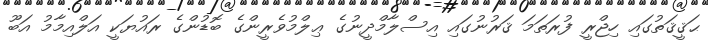
ޙަޤީޤަތުގައި ހިޖްރީ ފުރަތަމަ ޤަރުނުގައި އިސްލާމްދީނުގެ ޢިލްމުވެރީންގެ ބޮޑުންގެ ރައުޔަކީ އަލްއިމާމު އަބޫ